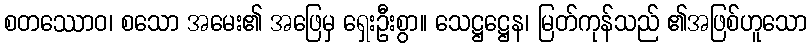
စတဿောဝ၊ စသော အမေး၏ အဖြေမှ ရှေးဦးစွာ။ သေဋ္ဌဋ္ဌေန၊ မြတ်ကုန်သည် ၏အဖြစ်ဟူသော